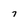
Character: 7